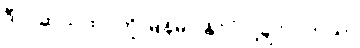
ဒီ ပါဆယ်ထုပ်ကို မြန်မာ နိုင်ငံ ပို့ချင်ပါတယ်။